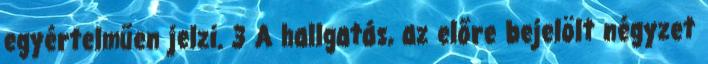
egyértelműen jelzi. 3 A hallgatás, az előre bejelölt négyzet